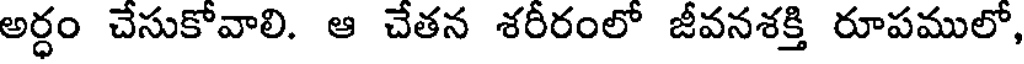
అర్ధం చేసుకోవాలి. ఆ చేతన శరీరంలో జీవనశక్తి రూపములో,